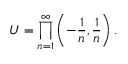
U = \prod _ { n = 1 } ^ { \infty } \left( - { \frac { 1 } { n } } , { \frac { 1 } { n } } \right) .